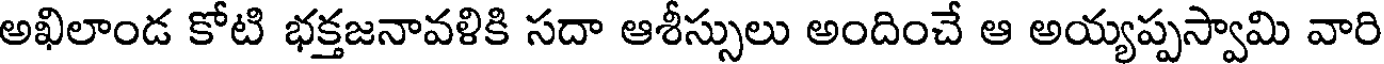
అఖిలాండ కోటి భక్తజనావళికి సదా ఆశీస్సులు అందించే ఆ అయ్యప్పస్వామి వారి